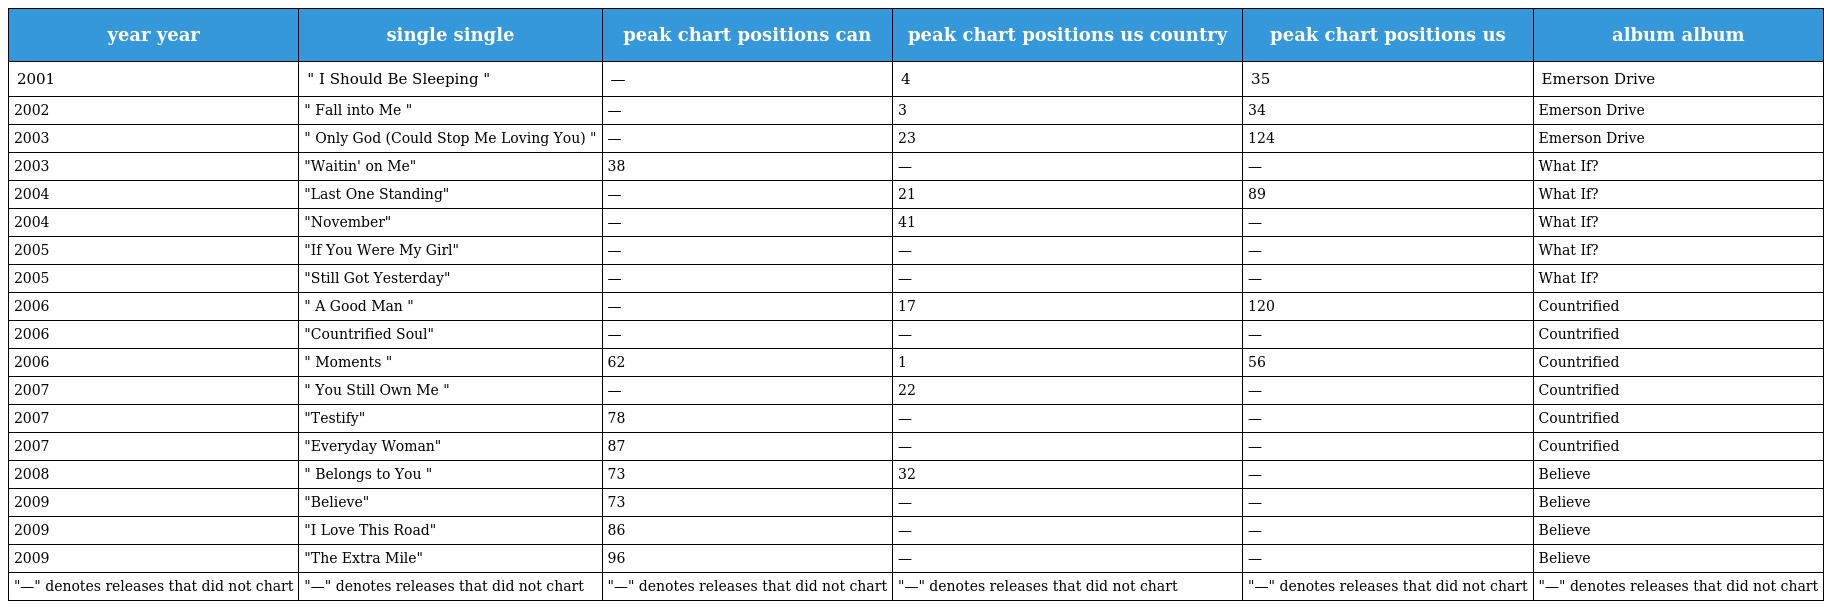
| year year | single single | peak chart positions can | peak chart positions us country | peak chart positions us | album album |
 | --- | --- | --- | --- | --- | --- |
 | 2001 | " I Should Be Sleeping " | — | 4 | 35 | Emerson Drive |
 | 2002 | " Fall into Me " | — | 3 | 34 | Emerson Drive |
 | 2003 | " Only God (Could Stop Me Loving You) " | — | 23 | 124 | Emerson Drive |
 | 2003 | "Waitin' on Me" | 38 | — | — | What If? |
 | 2004 | "Last One Standing" | — | 21 | 89 | What If? |
 | 2004 | "November" | — | 41 | — | What If? |
 | 2005 | "If You Were My Girl" | — | — | — | What If? |
 | 2005 | "Still Got Yesterday" | — | — | — | What If? |
 | 2006 | " A Good Man " | — | 17 | 120 | Countrified |
 | 2006 | "Countrified Soul" | — | — | — | Countrified |
 | 2006 | " Moments " | 62 | 1 | 56 | Countrified |
 | 2007 | " You Still Own Me " | — | 22 | — | Countrified |
 | 2007 | "Testify" | 78 | — | — | Countrified |
 | 2007 | "Everyday Woman" | 87 | — | — | Countrified |
 | 2008 | " Belongs to You " | 73 | 32 | — | Believe |
 | 2009 | "Believe" | 73 | — | — | Believe |
 | 2009 | "I Love This Road" | 86 | — | — | Believe |
 | 2009 | "The Extra Mile" | 96 | — | — | Believe |
 | "—" denotes releases that did not chart | "—" denotes releases that did not chart | "—" denotes releases that did not chart | "—" denotes releases that did not chart | "—" denotes releases that did not chart | "—" denotes releases that did not chart |